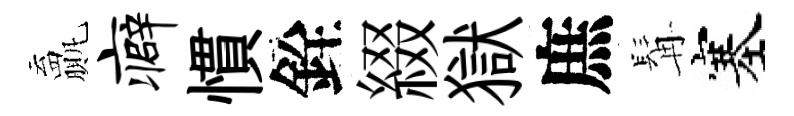
贏癖慣銓綴獄庶髯塞